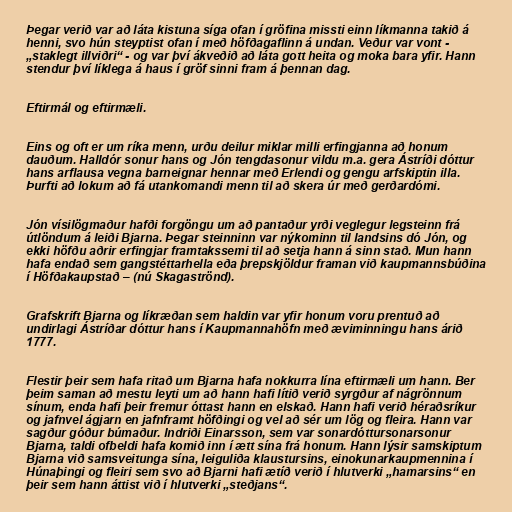
Þegar verið var að láta kistuna síga ofan í gröfina missti einn líkmanna takið á
henni, svo hún steyptist ofan í með höfðagaflinn á undan. Veður var vont -
„staklegt illviðri“ - og var því ákveðið að láta gott heita og moka bara yfir. Hann
stendur því líklega á haus í gröf sinni fram á þennan dag.

Eftirmál og eftirmæli.

Eins og oft er um ríka menn, urðu deilur miklar milli erfingjanna að honum
dauðum. Halldór sonur hans og Jón tengdasonur vildu m.a. gera Ástríði dóttur
hans arflausa vegna barneignar hennar með Erlendi og gengu arfskiptin illa.
Þurfti að lokum að fá utankomandi menn til að skera úr með gerðardómi.

Jón vísilögmaður hafði forgöngu um að pantaður yrði veglegur legsteinn frá
útlöndum á leiði Bjarna. Þegar steinninn var nýkominn til landsins dó Jón, og
ekki höfðu aðrir erfingjar framtakssemi til að setja hann á sinn stað. Mun hann
hafa endað sem gangstéttarhella eða þrepskjöldur framan við kaupmannsbúðina
í Höfðakaupstað – (nú Skagaströnd).

Grafskrift Bjarna og líkræðan sem haldin var yfir honum voru prentuð að
undirlagi Ástríðar dóttur hans í Kaupmannahöfn með æviminningu hans árið
1777.

Flestir þeir sem hafa ritað um Bjarna hafa nokkurra lína eftirmæli um hann. Ber
þeim saman að mestu leyti um að hann hafi lítið verið syrgður af nágrönnum
sínum, enda hafi þeir fremur óttast hann en elskað. Hann hafi verið héraðsríkur
og jafnvel ágjarn en jafnframt höfðingi og vel að sér um lög og fleira. Hann var
sagður góður búmaður. Indriði Einarsson, sem var sonardóttursonarsonur
Bjarna, taldi ofbeldi hafa komið inn í ætt sína frá honum. Hann lýsir samskiptum
Bjarna við samsveitunga sína, leiguliða klaustursins, einokunarkaupmennina í
Húnaþingi og fleiri sem svo að Bjarni hafi ætíð verið í hlutverki „hamarsins“ en
þeir sem hann áttist við í hlutverki „steðjans“.